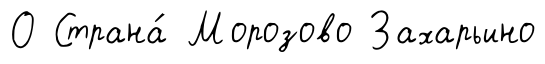
О Страна́ Морозово Захарьино